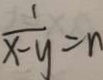
\frac { 1 } { x - y } = n